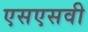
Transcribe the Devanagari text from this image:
एसएसवी